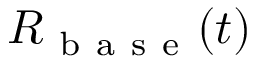
R _ { \mathrm { ~ b ~ a ~ s ~ e ~ } } ( t )